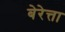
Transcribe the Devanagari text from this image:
बेरेत्ता